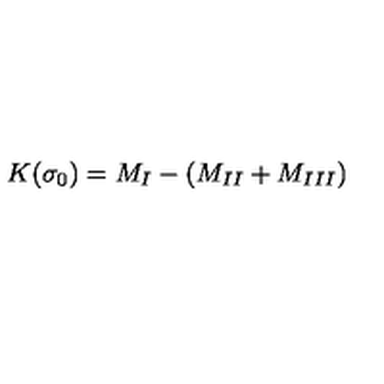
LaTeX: K ( \sigma _ { 0 } ) = M _ { I } - ( M _ { I I } + M _ { I I I } )